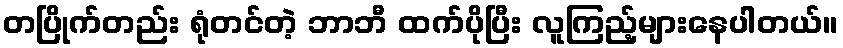
တပြိုက်တည်း ရုံတင်တဲ့ ဘာဘီ ထက်ပိုပြီး လူကြည့်များနေပါတယ်။